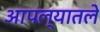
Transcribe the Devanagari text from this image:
आपल्यातले